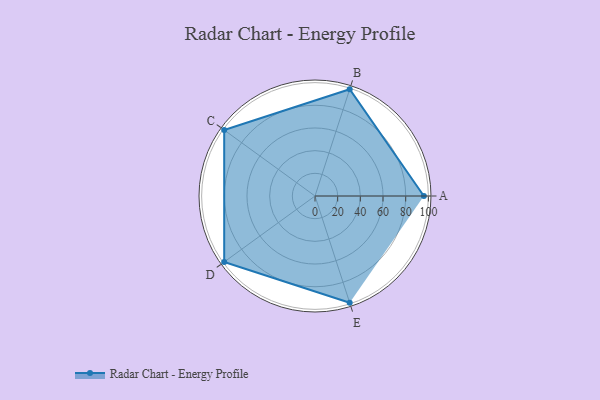
{"axis": {"x": "Skill", "y": "Score"}, "legend": ["Profile"], "data": [{"x": "A", "y": 96.0, "type": "Profile"}, {"x": "B", "y": 99.0, "type": "Profile"}, {"x": "C", "y": 99, "type": "Profile"}, {"x": "D", "y": 99, "type": "Profile"}, {"x": "E", "y": 99, "type": "Profile"}]}